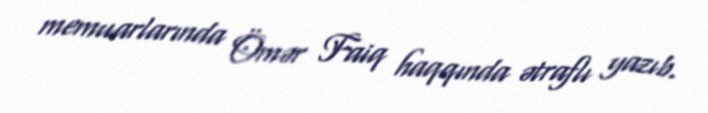
memuarlarında Ömər Faiq haqqında ətraflı yazıb.